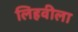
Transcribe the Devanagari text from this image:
लिहवीला